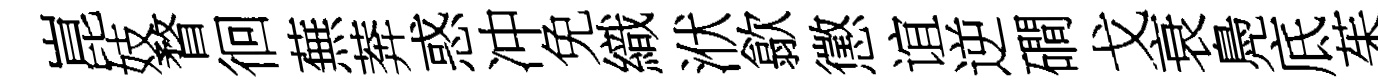
崑妓瞀徊蕪莾惑冲免織洑歙懲谊逆磵戈衰鳧底茱